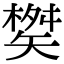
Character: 𮀇